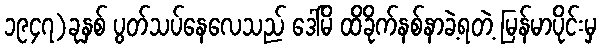
၁၉၄၇)ခုနှစ် ပွတ်သပ်နေလေသည် ဒေါ်မိ ထိခိုက်နစ်နာခဲ့ရတဲ့ မြန်မာပိုင်းမှ